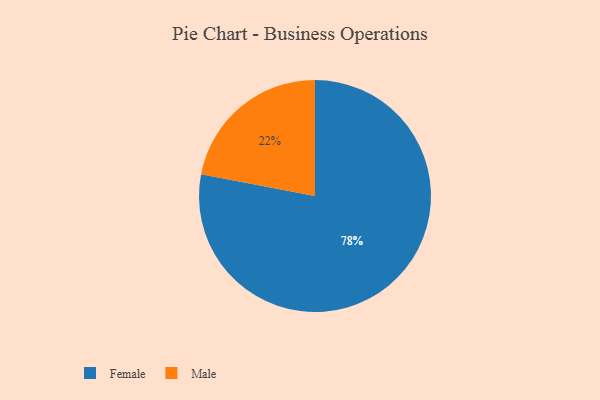
{"axis": {"x": "Category", "y": "Percentage"}, "legend": ["Female", "Male"], "data": [{"x": "Female", "y": 78, "type": "Female"}, {"x": "Male", "y": 22, "type": "Male"}]}